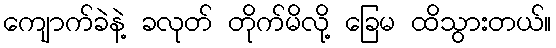
ကျောက်ခဲနဲ့ ခလုတ် တိုက်မိလို့ ခြေမ ထိသွားတယ်။